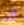
أن